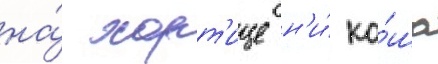
на́ хорт'ице н'и́ ко́ша